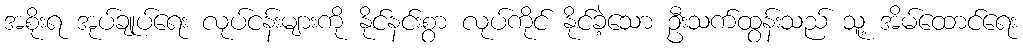
အစိုးရ အုပ်ချုပ်ရေး လုပ်ငန်းများကို နိုင်နင်းစွာ လုပ်ကိုင် နိုင်ခဲ့သော ဦးသက်ထွန်းသည် သူ့ အိမ်ထောင်ရေး